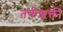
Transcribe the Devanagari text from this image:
तर्कशक्ती